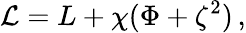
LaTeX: {\mathcal L}=L+\chi(\Phi+\zeta^{2})\, ,